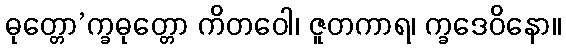
ဓုတ္တော’က္ခဓုတ္တော ကိတဝေါ၊ ဇူတကာရ၊ က္ခဒေဝိနော။